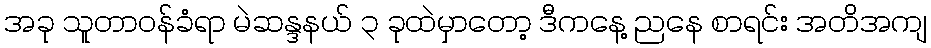
အခု သူတာဝန်ခံရာ မဲဆန္ဒနယ် ၃ ခုထဲမှာတော့ ဒီကနေ့ ညနေ စာရင်း အတိအကျ